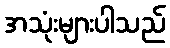
အသုံးများပါသည်